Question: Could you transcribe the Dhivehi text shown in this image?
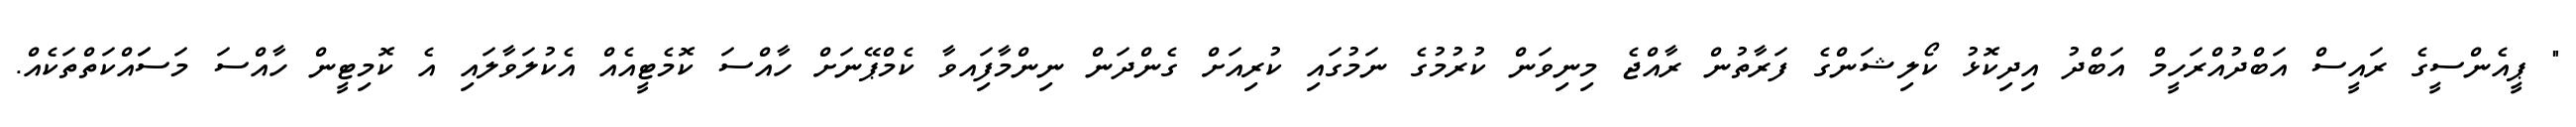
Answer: " ޕީއެންސީގެ ރައީސް އަބްދުއްރަހީމް އަބްދު އިދިކޮޅު ކޯލިޝަންގެ ފަރާތުން ރާއްޖެ މިނިވަން ކުރުމުގެ ނަމުގައި ކުރިއަށް ގެންދަން ނިންމާފަިއވާ ކެމްޕޭނަށް ހާއްސަ ކޮމެޓީއެއް އެކުލަވާލައި އެ ކޮމިޓީން ހާއްސަ މަސަައްކަތްތަކެއް.